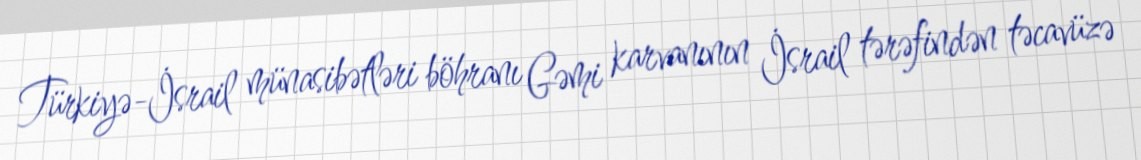
Türkiyə-İsrail münasibətləri böhranı Gəmi karvanının İsrail tərəfindən təcavüzə